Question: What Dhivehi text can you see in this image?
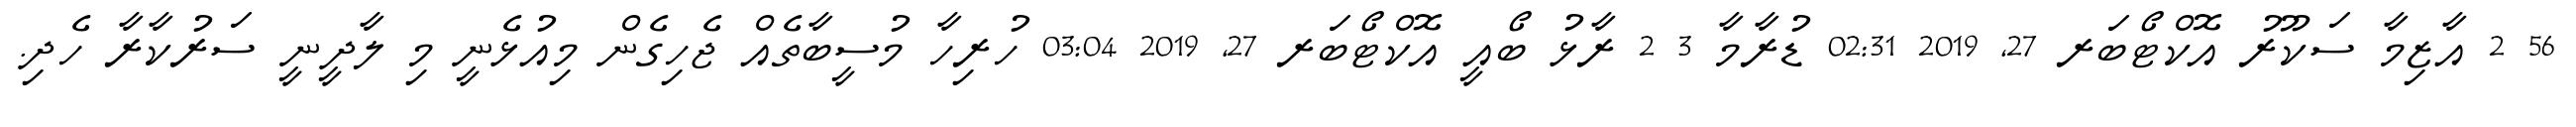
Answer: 56 2 އާޒިމާ ސަކޫރު އޮކްޓޯބަރ 27, 2019 02:31 ޑުރާމާ 3 2 ރާޅު ބޯއީ އޮކްޓޯބަރ 27, 2019 03:04 ހުރިހާ މުސީބާތެއް ޖެހިގެން މިއުޅެނީ މި ލާދީނީ ސަރުކާރާ ހެދި.